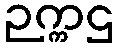
ဉက္ကဌ